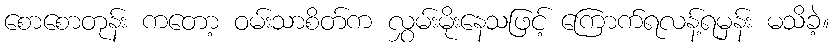
စောစောတုန်း ကတော့ ဝမ်းသာစိတ်က လွှမ်းမိုးနေသဖြင့် ကြောက်ရလန့်ရမှန်း မသိခဲ့။